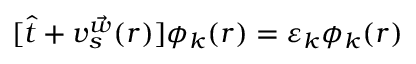
[ \hat { t } + v _ { s } ^ { \vec { w } } ( \boldsymbol { r } ) ] \phi _ { k } ( \boldsymbol { r } ) = \varepsilon _ { k } \phi _ { k } ( \boldsymbol { r } )